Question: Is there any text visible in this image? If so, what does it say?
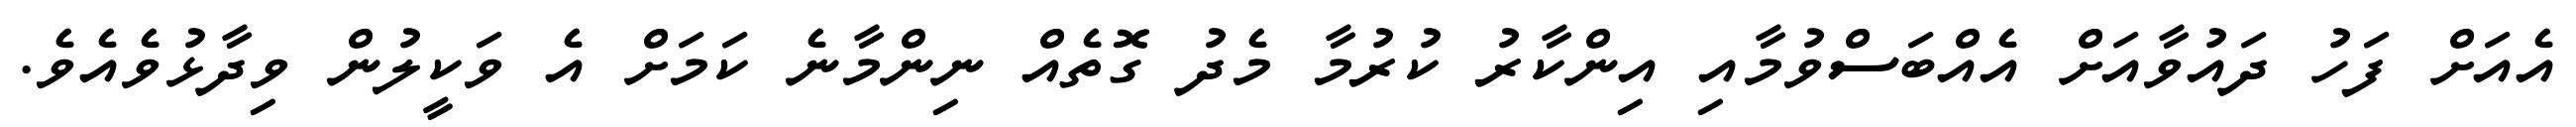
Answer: އެއަށް ފަހު ދައުވާއަށް އެއްބަސްވުމާއި އިންކާރު ކުރުމާ މެދު ގޮތެއް ނިންމާނެ ކަމަށް އެ ވަކީލުން ވިދާޅުވެއެވެ.